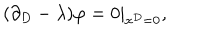
( \partial _ { D } - \lambda ) \varphi = 0 | _ { x ^ { D } = 0 } ,